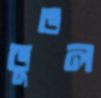
ডুভল